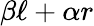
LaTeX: \beta\ell+\alpha r